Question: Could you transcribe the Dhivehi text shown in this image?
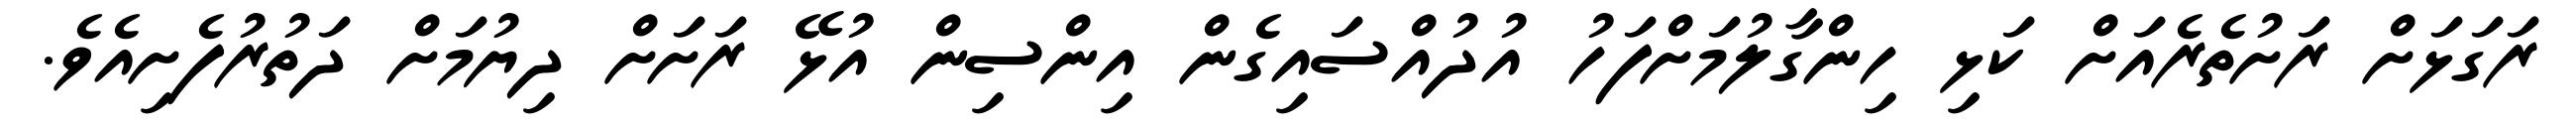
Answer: ރަގަޅަށް ރަށުތެރެއަށް ކަޅި ހިންގާލުމަށްފަހު އުދުއްސައިގެން އިންސިން އުޅޭ ރަށަށް ދިޔުމަށް ދަތުރުފެށިއެވެ.